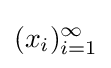
(x_{i})_{i=1}^{\infty }